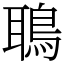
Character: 鵈